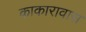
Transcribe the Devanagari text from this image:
काकारावास